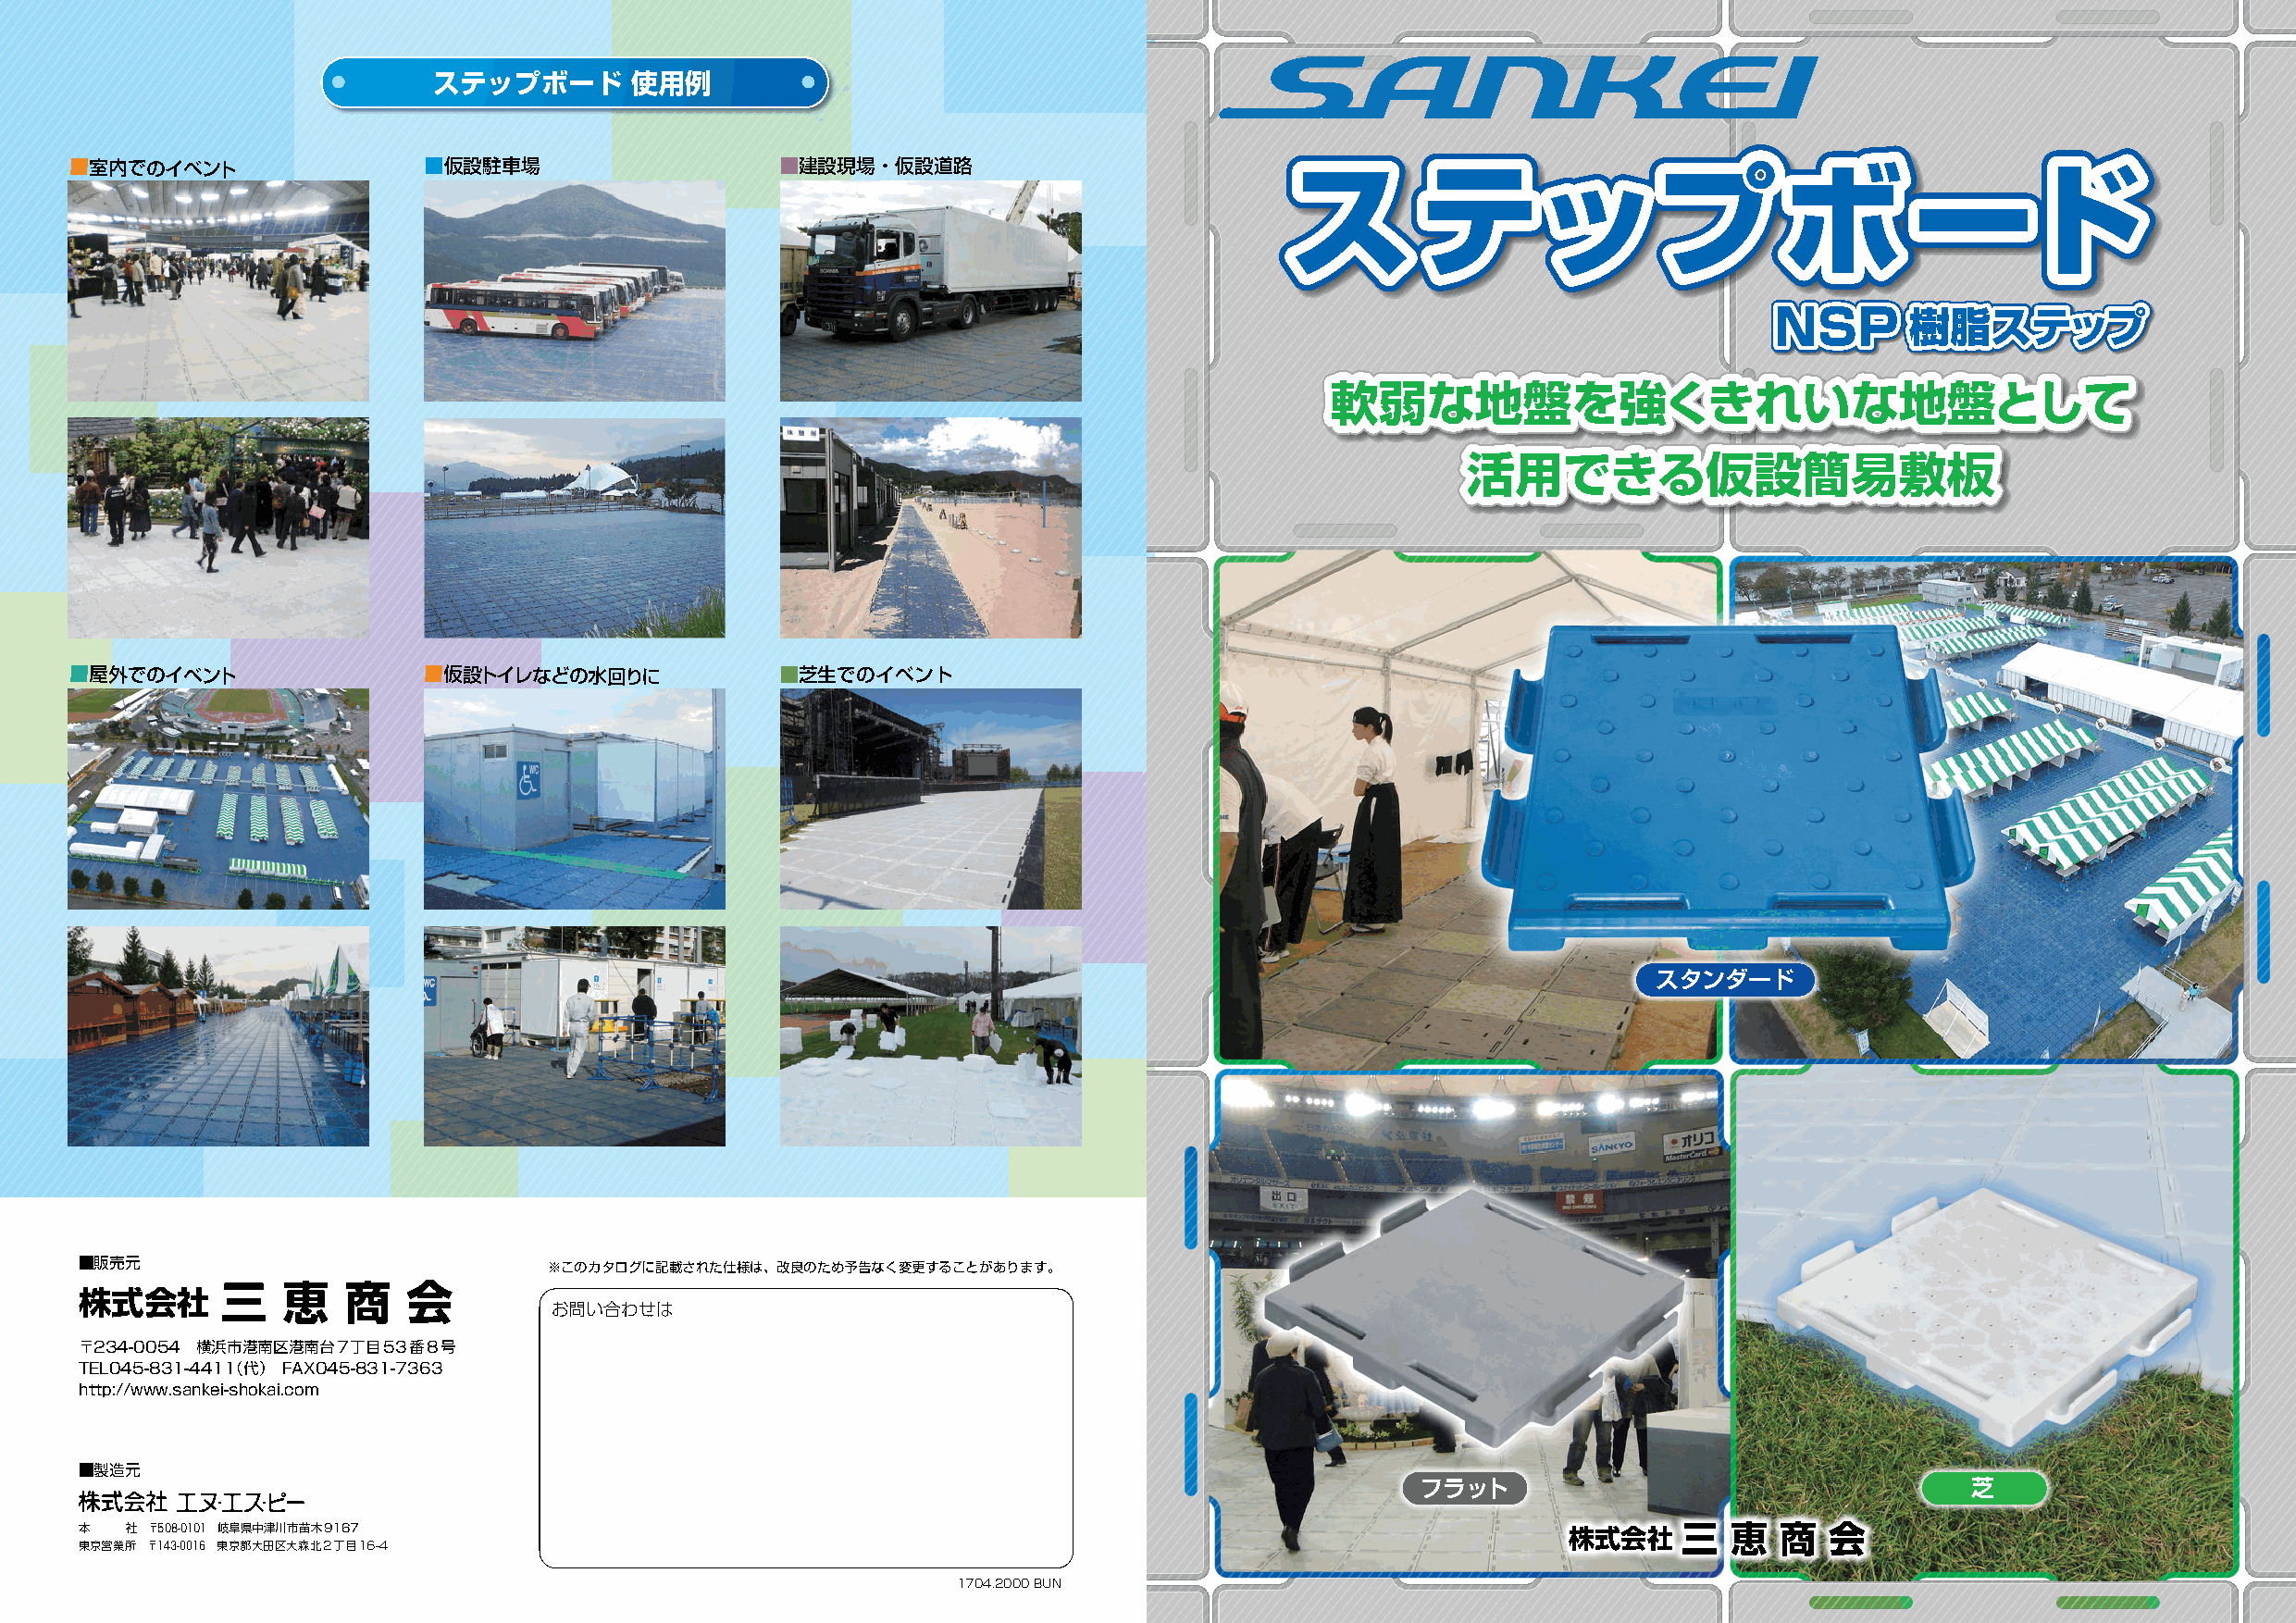
ステップボード       使用例
 ■室内でのイベント                ■仮設駐車場                    ■建設現場・仮設道路
 ス        テップボ                                ード
 NSP       樹脂ステップ
 軟弱な地盤を強くきれいな地盤として
 活用できる仮設簡易敷板
 ■屋外でのイベント                ■仮設トイレなどの水回りに             ■芝生でのイベント
 スタンダード
 ■販売元                             ※このカタログに記載された仕様は、改良のため予告なく変更することがあります。
 株式会社      三   恵    商   会
 お問い合わせは
 〒234-0054 横浜市港南区港南台7丁目53番8号
 TEL045-831-4411（代） FAX045-831-7363
 http://www.sankei-shokai.com
 ■製造元
 フラット                                   芝
 東本
 京 営
 業所社 〒〒 15 40 38 -- 00 01 10 61 東岐 京阜 都県 大中 田津 区川 大市 森苗 北木 291 丁6 目7
 16-4
 株式会社    三   恵  商   会
 1704.2000 BUN